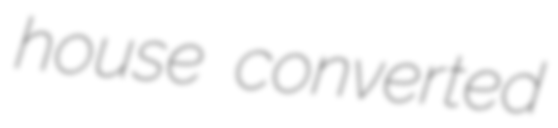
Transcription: house converted